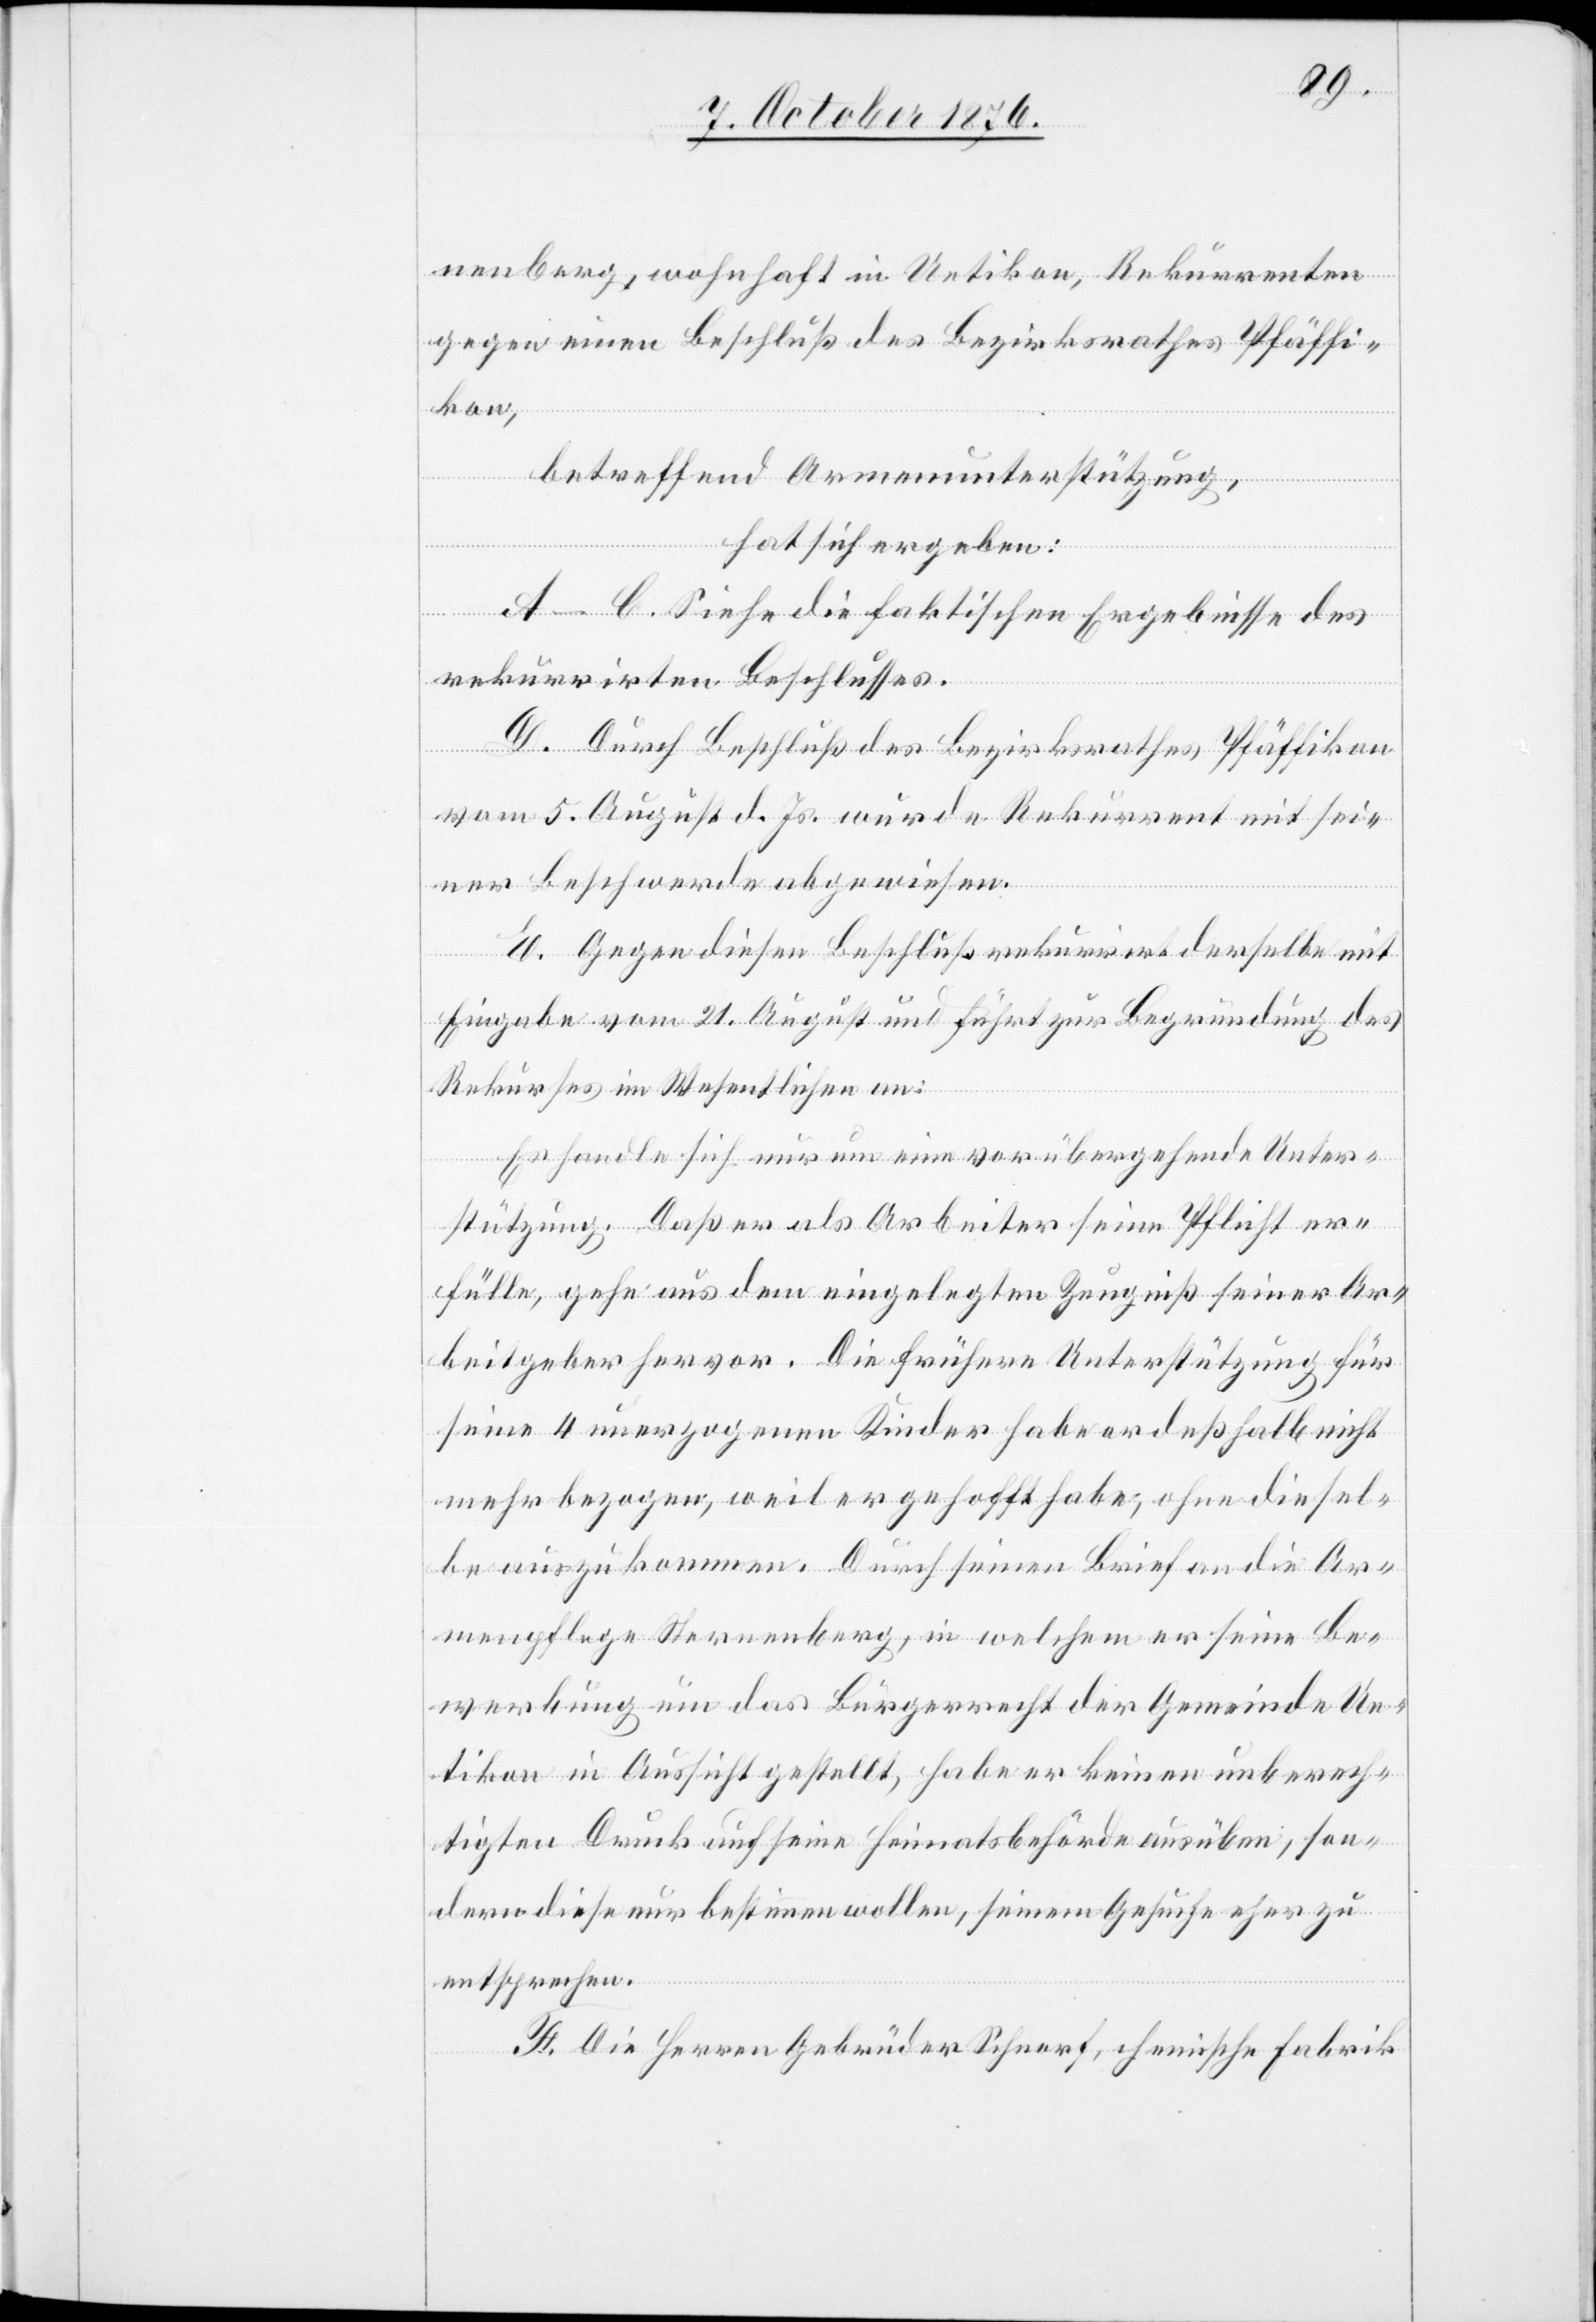
nenberg, wohnhaft in Uetikon, Rekurrenten
gegen einen Beschluß des Bezirksrathes Pfäffi¬
kon,
betreffend Armenunterstützung,
hat sich ergeben:
A–C. Siehe die faktischen Ergebnisse des
rekurrirten Beschlusses.
D. Durch Beschluß des Bezirksrathes Pfäffikon
vom 5. August d. Js. wurde Rekurrent mit sei¬
ner Beschwerde abgewiesen.
E. Gegen diesen Beschluß rekurrirt derselbe mit
Eingabe vom 21. August und führt zur Begründung des
Rekurses im Wesentlichen an:
Es handle sich nur um eine vorübergehende Unter¬
stützung. Daß er als Arbeiter seine Pflicht er¬
fülle, gehe aus dem eingelegten Zeugniß seiner Ar¬
beitgeber hervor. Die frühere Unterstützung für
seine 4 unerzogenen Kinder habe er deßhalb nicht
mehr bezogen, weil er gehofft habe, ohne diesel¬
be auszukommen. Durch seinen Brief an die Ar¬
menpflege Sternenberg, in welchem er seine Be¬
werbung um das Bürgerrecht der Gemeinde Ue¬
tikon in Aussicht gestellt, habe er keinen unberech¬
tigten Druck auf seine Heimatsbehörde ausüben, son¬
dern diese nur bestimmen wollen, seinem Gesuche eher zu
entsprechen.
F. Die Herren Gebrüder Schnorf, chemische Fabrik